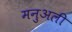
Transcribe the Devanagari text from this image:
मनुअली